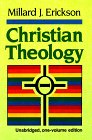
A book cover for Christian Theology; Millard J. Erickson; Christian Books & Bibles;